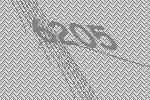
6205